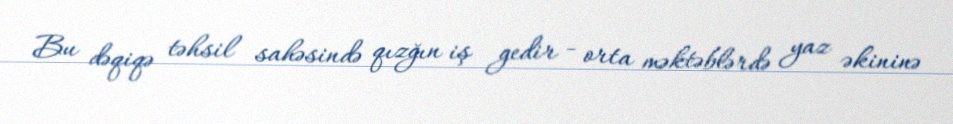
Bu dəqiqə təhsil sahəsində qızğın iş gedir - orta məktəblərdə yaz əkininə